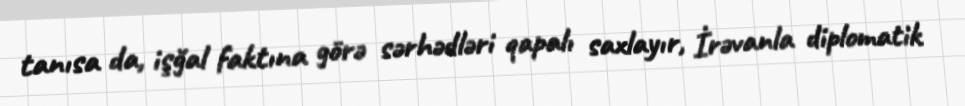
tanısa da, işğal faktına görə sərhədləri qapalı saxlayır, İrəvanla diplomatik